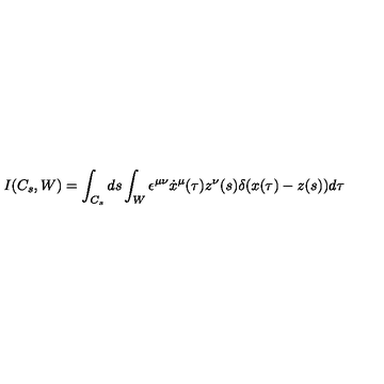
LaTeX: I ( C _ { s } , W ) = \int _ { C _ { s } } d s \int _ { W } \epsilon ^ { \mu \nu } \dot { x } ^ { \mu } ( \tau ) z ^ { \nu } ( s ) \delta ( x ( \tau ) - z ( s ) ) d \tau